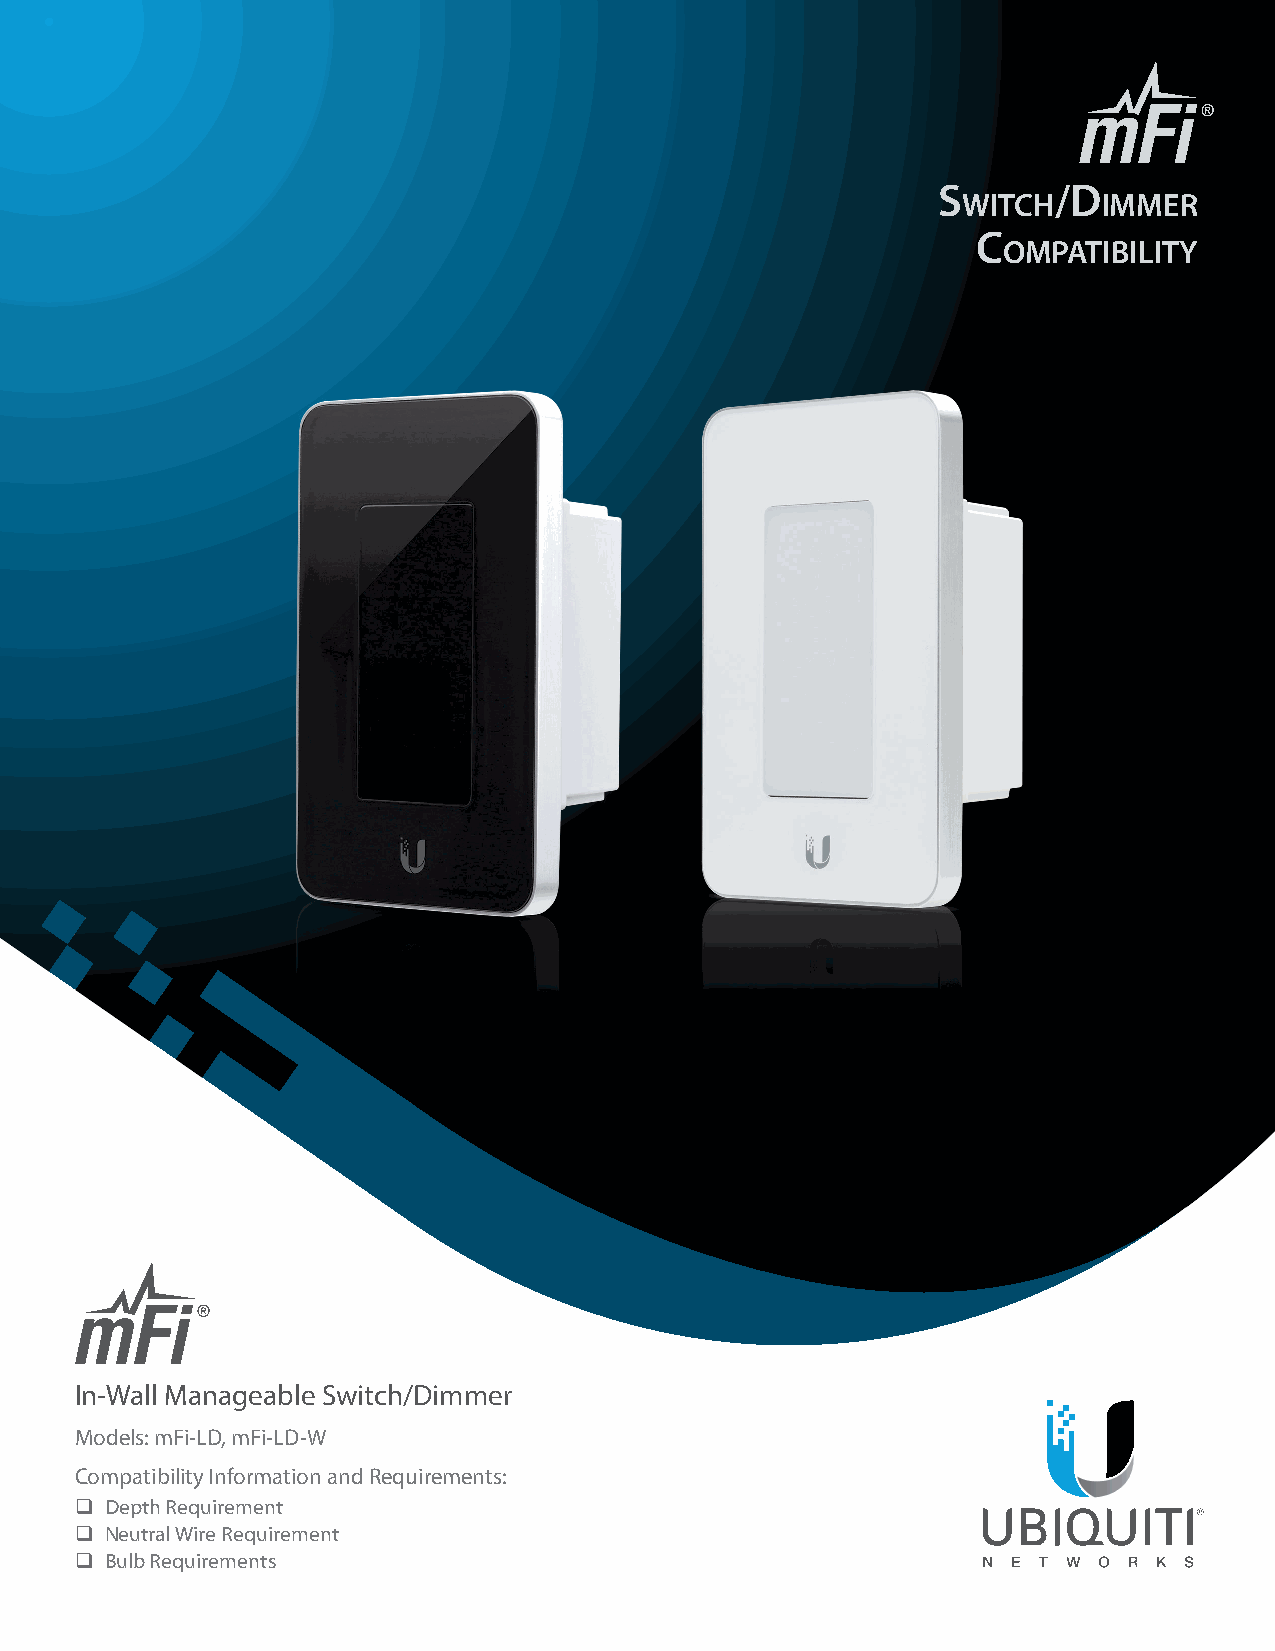
S       /D
 witch    immer
 c
 ompatibility
 In-Wall Manageable Switch/Dimmer
 Models: mFi-LD, mFi-LD-W
 Compatibility Information and Requirements:
 q Depth Requirement
 q Neutral Wire Requirement
 q Bulb Requirements